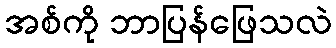
အစ်ကို ဘာပြန်ဖြေသလဲ